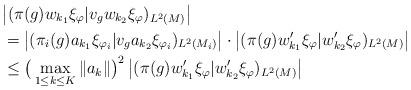
LaTeX: \begin{align*}&\big|(\pi(g)w_{k_1}\xi_\varphi|v_g w_{k_2}\xi_\varphi)_{L^2(M)}\big| \\&= \big|(\pi_i(g)a_{k_1}\xi_{\varphi_i}|v_g a_{k_2}\xi_{\varphi_i})_{L^2(M_i)}\big|\cdot\big|(\pi(g)w'_{k_1}\xi_\varphi|w'_{k_2}\xi_\varphi)_{L^2(M)}\big| \\&\leq \big(\max_{1 \leq k \leq K} \Vert a_k \Vert\big)^2\,\big|(\pi(g)w'_{k_1}\xi_\varphi|w'_{k_2}\xi_\varphi)_{L^2(M)}\big| \end{align*}